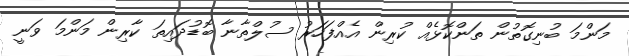
މަންމަ ބުނިގޮތުން ތަންކޮޅެއް ކުރިން އެއްފަހަރު ސުލްތާނާ ބޮޑުދައިތަ ކާރިން މަންމަ ވަނީ